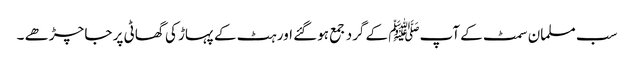
سب مسلمان سمٹ کے آپﷺ کے گرد جمع ہوگئے اور ہٹ کے پہاڑ کی گھاٹی پر جا چڑھے ۔